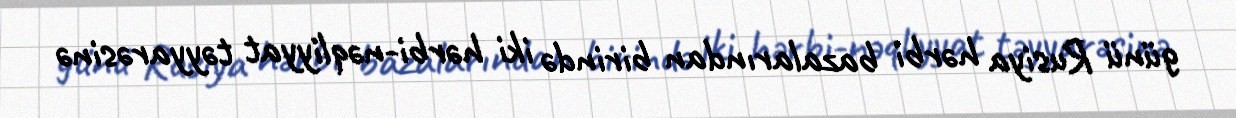
günü Rusiya hərbi bazalarından birində iki hərbi-nəqliyyat təyyarəsinə